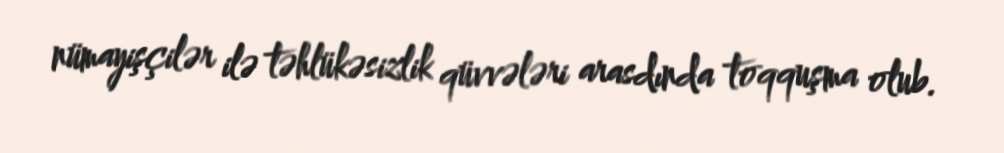
nümayişçilər ilə təhlükəsizlik qüvvələri arasdında toqquşma olub.